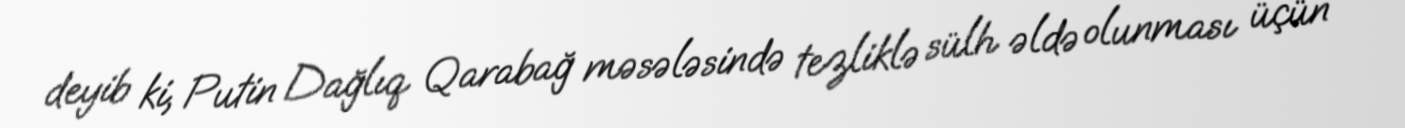
deyib ki, Putin Dağlıq Qarabağ məsələsində tezliklə sülh əldə olunması üçün